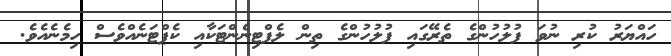
ހައްޔަރު ކުރި ނުވަ ފުލުހުންގެ ތެރޭގައި ފުލުހުންގެ ތިން ލެފްޓިނެންޓަކާއި ކެޕްޓަނެއްވެސް ހިމެނެއެވެ.